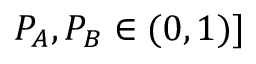
P _ { A } , P _ { B } \in ( 0 , 1 ) ]